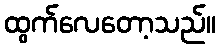
ထွက်လေတော့သည်။